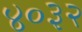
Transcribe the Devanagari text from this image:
४०३२